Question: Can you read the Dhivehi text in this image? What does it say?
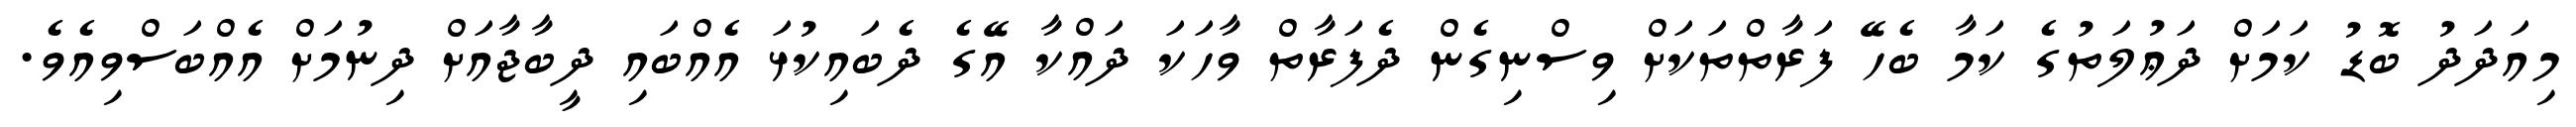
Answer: މިއަދަދު ބޮޑު ކަމަށް ދަޢުލަތުގެ ކަމާ ބެހޭ ފަރާތްތަކަށް ވިސްނިގެން ދެފަރާތް ވާހަކަ ދައްކާ އޭގެ ދެބައިކުޅަ އެއްބައި ދީބާޖާއަށް ދިނުމަށް އެއްބަސްވިއެވެ.